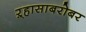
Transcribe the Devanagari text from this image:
ऱ्हासाबरोबर